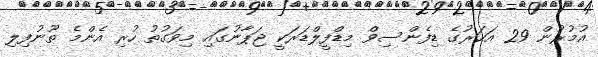
އުމުރުން 29 އަހަރުގެ ޑިފެންސިވް މިޑްފީލްޑަރަކީ ޖަޕާނުގައި މިވަގުތު ހުރި އެންމެ ތޫނުފިލި